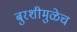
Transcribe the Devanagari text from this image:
बुरशीमुळेच